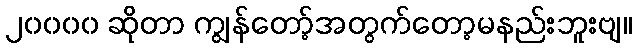
၂၀၀၀၀ ဆိုတာ ကျွန်တော့်အတွက်တော့မနည်းဘူးဗျ။